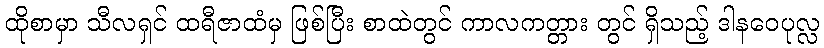
ထိုစာမှာ သီလရှင် ထရီဇာထံမှ ဖြစ်ပြီး စာထဲတွင် ကာလကတ္တား တွင် ရှိသည့် ဒါနဝေပုလ္လ